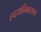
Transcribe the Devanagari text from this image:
ह्दयविकाराचा